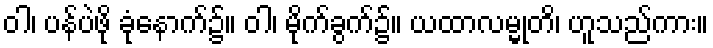
ဝါ၊ ပန်ပဲဖို ခုံနောက်၌။ ဝါ၊ မိုက်ခွက်၌။ ယထာလမ္မုတိ၊ ဟူသည်ကား။